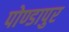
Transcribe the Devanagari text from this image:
पोण्डापुर